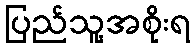
ပြည်သူ့အစိုးရ